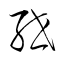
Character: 紲